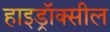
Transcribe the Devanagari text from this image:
हाइड्रॉक्सील